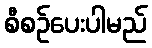
စီစဉ်ပေးပါမည်